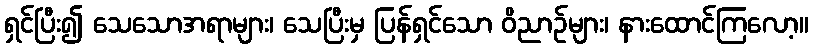
ရှင်ပြီး၍ သေသောအရာများ၊ သေပြီးမှ ပြန်ရှင်သော ဝိညာဉ်များ၊ နားထောင်ကြလော့။